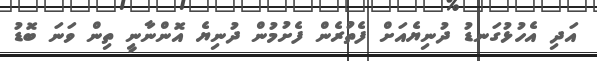
އަދި އެހުޅުގަނޑު ދުނިޔެއަށް ފެތުރެން ފެށުމުން ދުނިޔެ އޮންނާނީ ތިން ވަނަ ބޮޑު